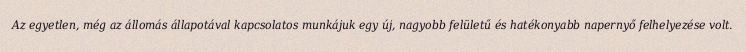
Az egyetlen, még az állomás állapotával kapcsolatos munkájuk egy új, nagyobb felületű és hatékonyabb napernyő felhelyezése volt.